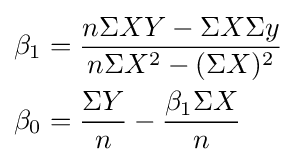
{\begin{aligned}\beta _{1}&={\frac {n\Sigma XY-\Sigma X\Sigma y}{n\Sigma X^{2}-(\Sigma X)^{2}}}\\\beta _{0}&={\frac {\Sigma Y}{n}}-{\frac {\beta _{1}\Sigma X}{n}}\end{aligned}}